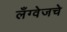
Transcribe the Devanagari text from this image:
लँग्वेजचे